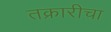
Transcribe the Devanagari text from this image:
तक्रारीचा